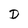
Character: D